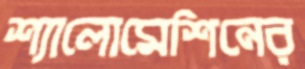
শ্যালোমেশিনের